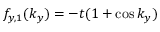
f _ { y , 1 } ( k _ { y } ) = - t ( 1 + \cos k _ { y } )